Annual report on the Civil Veterinary Department, Burma (including the Insein Veterinary School) - 1923-1931
Year: 1923
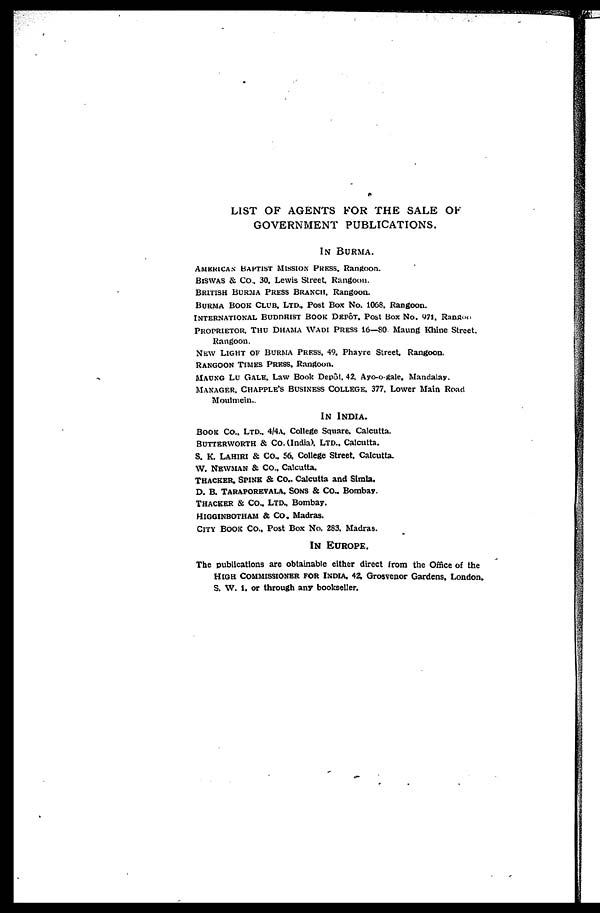
LIST OF AGENTS FOR THE SALE OF
GOVERNMENT PUBLICATIONS.
IN BURMA.
AMERICAN BAPTIST MISSION PRESS, Rangoon.
BISWAS & CO., 30, Lewis Street Rangoon.
BRITISH BURMA PRESS BRANCH, Rangoon.
BURMA CLUB LTD, Post Box No. 1068, Rangoon.
INTERNATIONAL BUDDHIST BOOK DEPÔT, Post Box No. 971, Rangoo
PROPRIETOR, THU DHAMA WADI PRESS 16—80 Maung Khine Street,
Rangoon.
NEW LIGHT OF BURMA PRESS, 49. Phayre Street, Rangoon.
RANGOON TIMES PRESS, Rangoon.
MAUNG LU GALE, Law Book Depôt, 42. Ayo-o-gale, Mandalay,
MANAGER, CHAPPLE'S BUSINESS COLLEGE, 377, Lower Main Road
Monlmein.
IN INDIA.
BOOK CO., LTD., 4/4A, College Square, Calcutta.
BUTTERWORTH & CO. (India). Ltd., Calcutta.
S. K. LAHIRI & CO., 56. College Street, Calcutta.
W. NEWMAN & CO., Calcutta.
THACKER, SPINK & CO., Calcutta and Simla.
D. B. TARAPOREVALA, SONS & CO., Bombay.
THACKER & CO., LTD., Bombay.
HIGGINBOTHAM & CO., Madras.
CITY BOOK CO., Post Box No. 283. Madras.
IN EUROPE.
The publications are obtainable either direct from the Office of the
HIGH COMMISSIONER FOR INDIA , 42. Grosvenor Gardens, London.
S. W. 1, or through any bookseller.